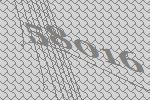
58016